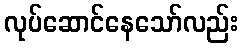
လုပ်ဆောင်နေသော်လည်း